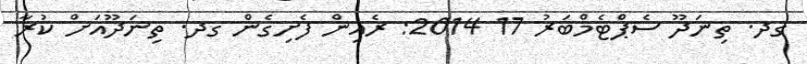
ގދ. ތިނަދޫ ސެޕްޓެމްބަރު 17 2014: ރެއިން ފެށިގެން ގދ. ތިނަދޫއަށް ކުރާ